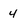
Character: 4